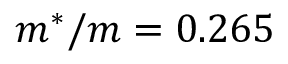
m ^ { * } / m = 0 . 2 6 5